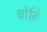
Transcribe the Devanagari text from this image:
वोहि